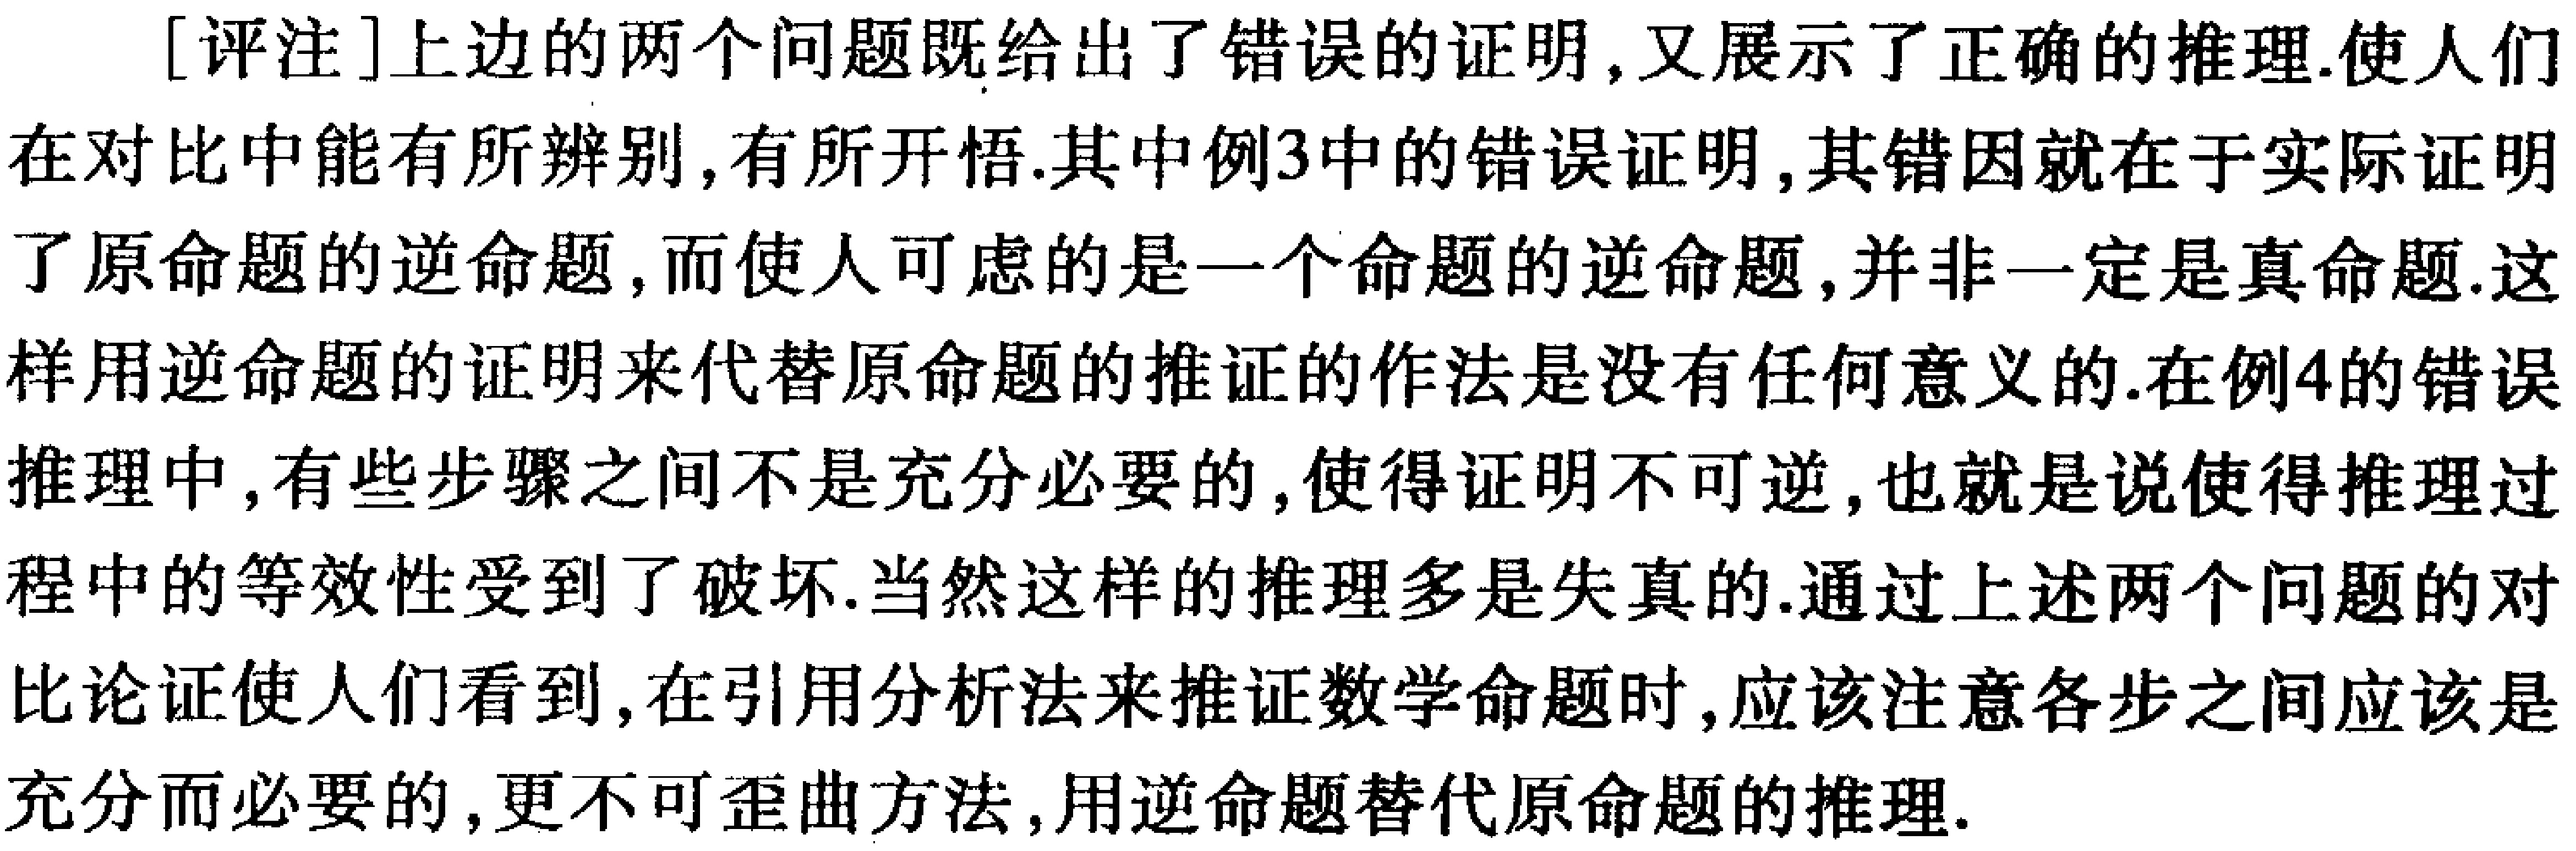
A. \(PA + PB\)的最小值为\(3\sqrt{3}\)

B. \(PE + PF\)的最小值为\(2\sqrt{3}\)

C. \(\triangle CDE\)周长的最小值为\(6\)

D. 四边形\(ABCD\)面积的最小值为\(3\sqrt{3}\)